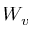
W _ { v }